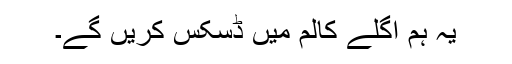
یہ ہم اگلے کالم میں ڈسکس کریں گے۔